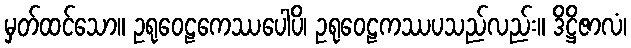
မှတ်ထင်သော။ ဥရုဝေဠကေဿပေါပိ၊ ဥရုဝေဠကဿပသည်လည်း။ ဒိဋ္ဌိဇာလံ၊